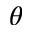
\theta